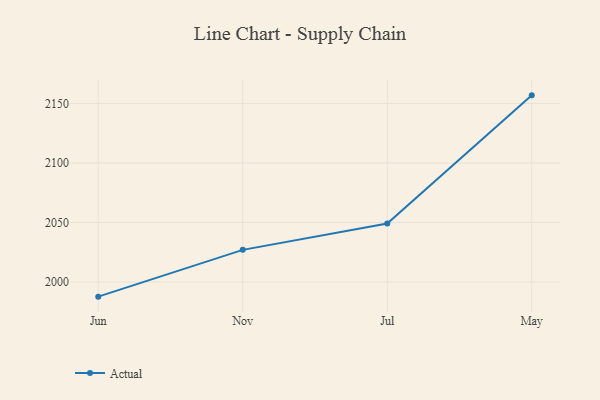
{"axis": {"x": "Month", "y": "Net Income (USD K)"}, "legend": ["Actual"], "data": [{"x": "Jun", "y": 1987.7, "type": "Actual"}, {"x": "Nov", "y": 2027.0, "type": "Actual"}, {"x": "Jul", "y": 2049.1, "type": "Actual"}, {"x": "May", "y": 2156.8, "type": "Actual"}]}